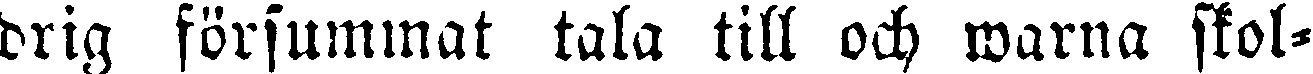
drig försummat tala till och warna skol-